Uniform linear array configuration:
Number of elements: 12
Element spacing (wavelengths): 1
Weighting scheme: binomial
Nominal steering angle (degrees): -60
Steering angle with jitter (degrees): -58.573
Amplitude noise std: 0.05
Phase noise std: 0.05

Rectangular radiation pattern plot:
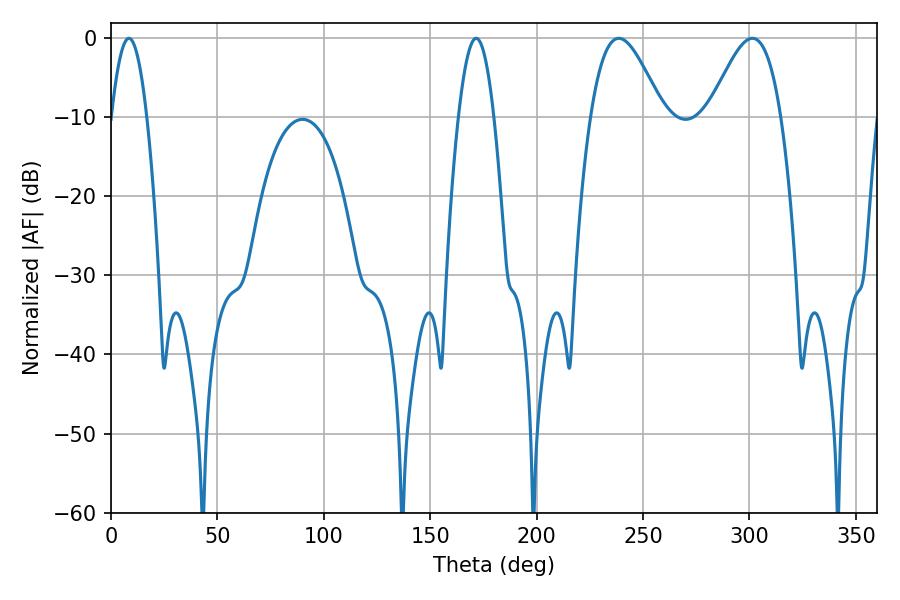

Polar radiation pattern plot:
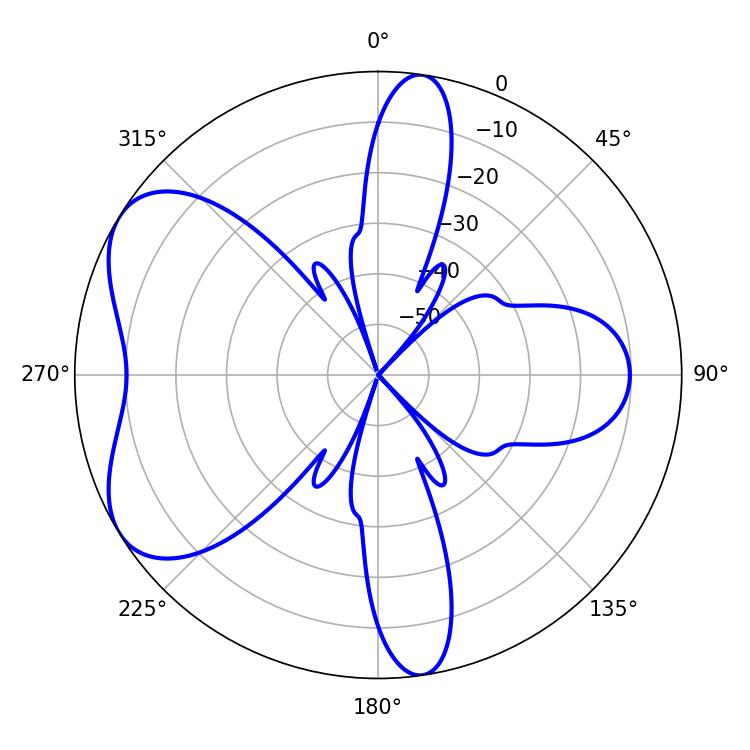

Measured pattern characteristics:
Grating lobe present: TRUE
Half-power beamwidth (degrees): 18.18
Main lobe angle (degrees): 238.68